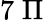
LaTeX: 7\; \Pi